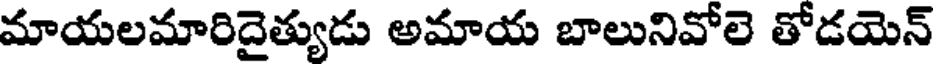
మాయలమారిదైత్యుడు అమాయ బాలునివోలె తోడయెన్